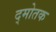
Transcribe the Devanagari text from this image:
द्मोतक